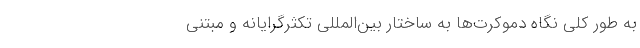
به طور کلی نگاه دموکرت­‌ها به ساختار بین‌­المللی تکثرگرایانه و مبتنی